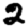
Digit: 2